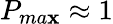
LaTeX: P_{ma\mathbf{x}}\approx1